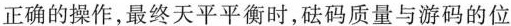
正确的操作，最终天平平衡时，砝码质量与游码的位